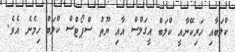
ކްލަބާއި ހަރިކޭނާއީ ކްލަބް އީގަލްސް އާއި ޔޫތު ސްޕޯޓްސް ކްލަބް ހިމެނެ އެވެ.